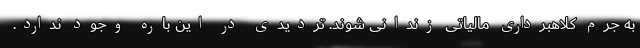
به جرم کلاهبرداری مالیاتی زندانی ‌شوند. تردیدی در این باره وجود ندارد.